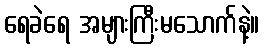
ရေခဲရေ အများကြီးမသောက်နဲ့။